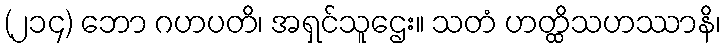
(၂၁၄) ဘော ဂဟပတိ၊ အရှင်သူဌေး။ သတံ ဟတ္ထိသဟဿာနိ၊